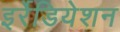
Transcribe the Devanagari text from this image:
इर्रेडियेशन